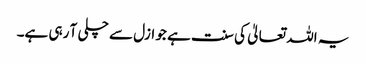
یہ اللہ تعالیٰ کی سنت ہے جو ازل سے چلی آ رہی ہے۔